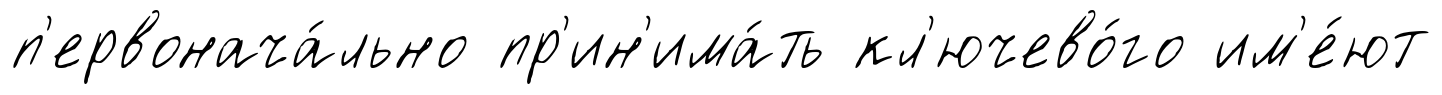
п'ервонача́льно пр'ин'има́ть кл'ючево́го им'е́ют